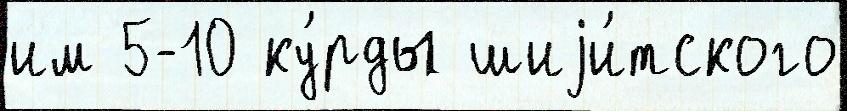
им 5-10 ку́рды шиjи́тского